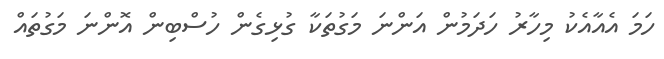
ހަމަ އެއާއެކު މިހާރު ހަދަމުން އަންނަ މަގުތަކާ ގުޅިގެން ހުސްބިން އޮންނަ މަގުތައް